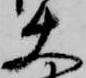
使